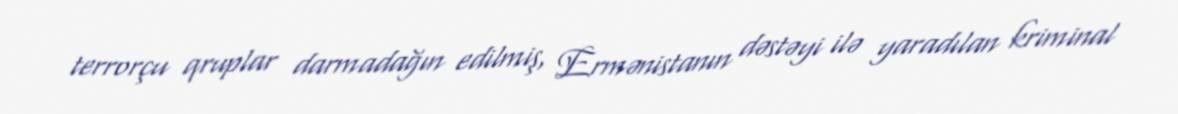
terrorçu qruplar darmadağın edilmiş, Ermənistanın dəstəyi ilə yaradılan kriminal